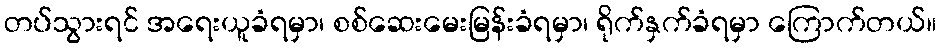
တပ်သွားရင် အရေးယူခံရမှာ၊ စစ်ဆေးမေးမြန်းခံရမှာ၊ ရိုက်နှက်ခံရမှာ ကြောက်တယ်။